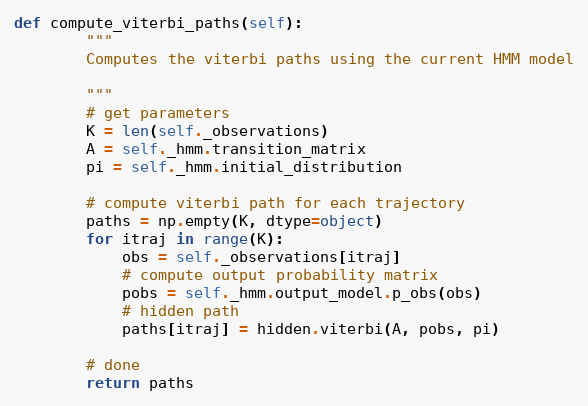
Language: Python
def compute_viterbi_paths(self):
        """
        Computes the viterbi paths using the current HMM model

        """
        # get parameters
        K = len(self._observations)
        A = self._hmm.transition_matrix
        pi = self._hmm.initial_distribution

        # compute viterbi path for each trajectory
        paths = np.empty(K, dtype=object)
        for itraj in range(K):
            obs = self._observations[itraj]
            # compute output probability matrix
            pobs = self._hmm.output_model.p_obs(obs)
            # hidden path
            paths[itraj] = hidden.viterbi(A, pobs, pi)

        # done
        return paths